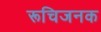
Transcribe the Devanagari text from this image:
रूचिजनक